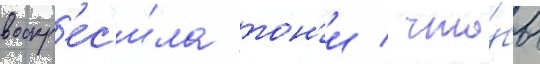
воскр'ес'и́ла тон'и / что́бы